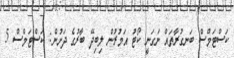
ކަސްޓަމްސް ބަނގުރާތައް ނަގަނީ ކޯޓު އަމުރުން ލިބިދޭ ބާރުގެ ދަށުން: ކަސްޓަމްސް 5